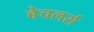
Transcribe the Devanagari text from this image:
बेचलर्स